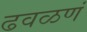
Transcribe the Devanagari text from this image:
ढवळणं